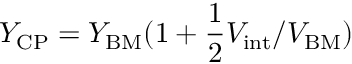
Y _ { \mathrm { C P } } = Y _ { \mathrm { B M } } ( 1 + \frac { 1 } { 2 } V _ { \mathrm { i n t } } / V _ { \mathrm { B M } } )